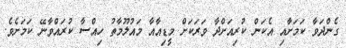
ގެންދަވާ ކަމަށާއި އެކަން ކުރިއަށްދާ ވަރަކަށް މީޑިއާއާ މައުލޫމާތު ހިއްސާ ކުރައްވާނޭ ކަމަށެވެ.